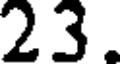
23.